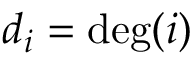
d _ { i } = \deg ( i )